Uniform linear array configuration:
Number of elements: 8
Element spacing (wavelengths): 0.25
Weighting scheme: kaiser
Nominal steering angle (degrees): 30
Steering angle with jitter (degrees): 30.331
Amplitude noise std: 0.05
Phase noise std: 0.05

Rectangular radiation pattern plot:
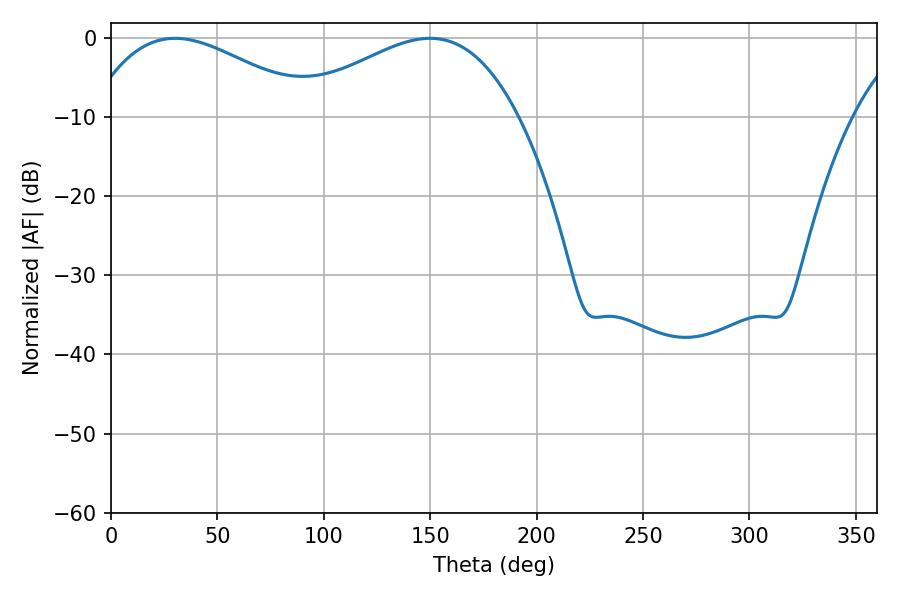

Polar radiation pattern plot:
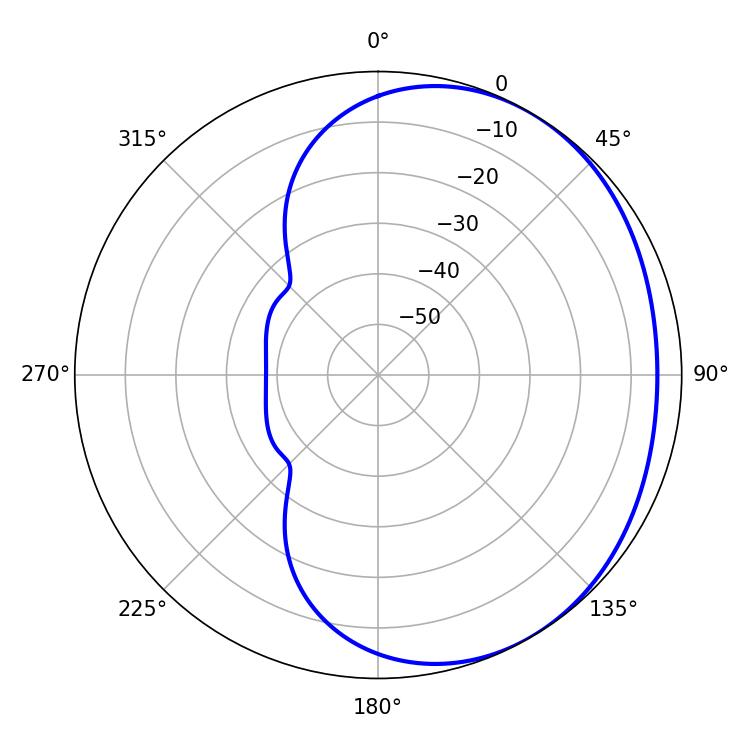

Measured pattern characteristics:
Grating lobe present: FALSE
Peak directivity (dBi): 2.217
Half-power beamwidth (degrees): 57.96
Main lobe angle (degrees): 30.06